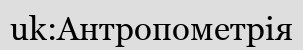
uk:Антропометрія